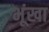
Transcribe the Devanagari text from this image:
भूंखा